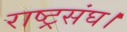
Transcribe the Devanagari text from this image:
राष्ट्रसंघ।